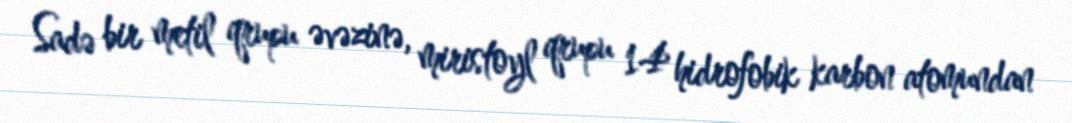
Sadə bir metil qrupu əvəzinə, miristoyl qrupu 14 hidrofobik karbon atomundan